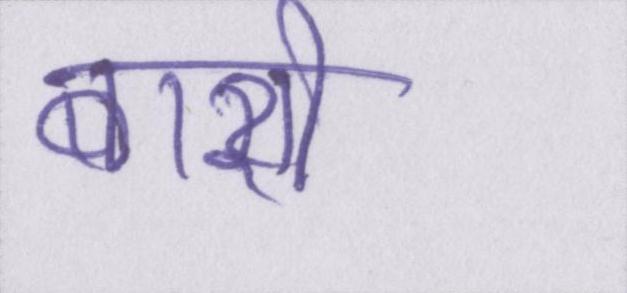
बाशी